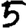
Digit: 5